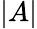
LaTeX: \lvert A\rvert